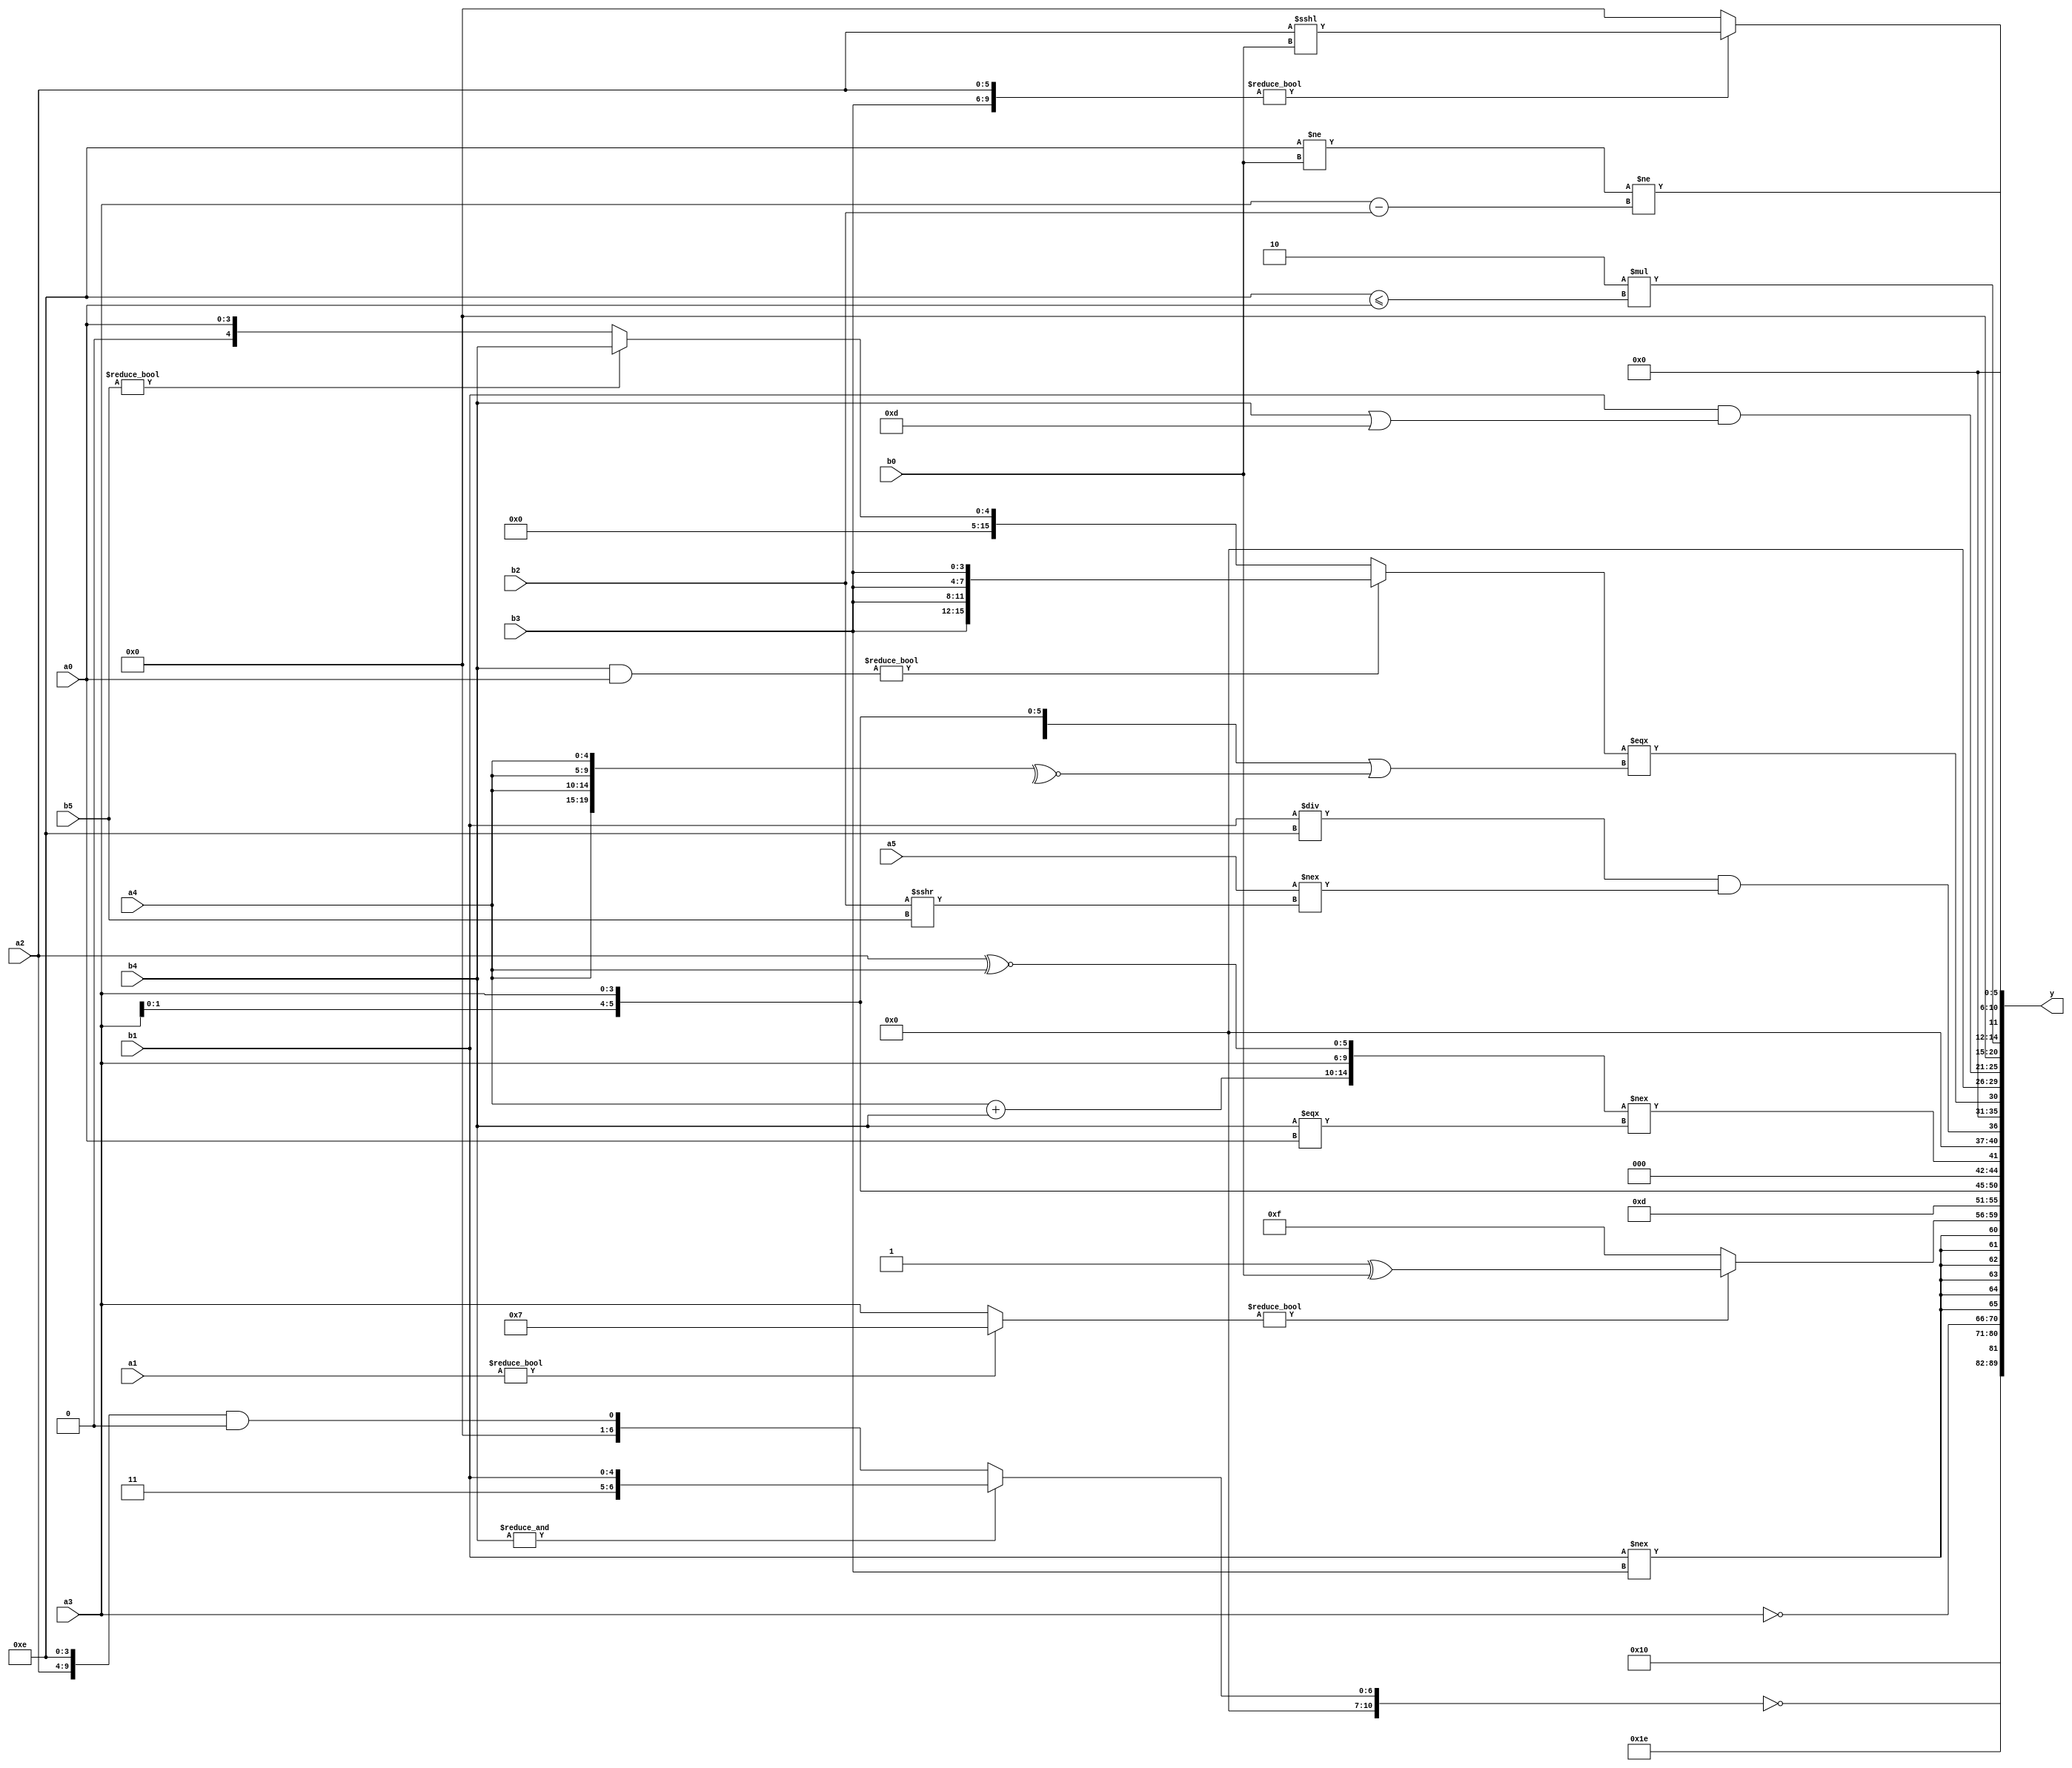
module expression_00331(a0, a1, a2, a3, a4, a5, b0, b1, b2, b3, b4, b5, y);
  input [3:0] a0;
  input [4:0] a1;
  input [5:0] a2;
  input signed [3:0] a3;
  input signed [4:0] a4;
  input signed [5:0] a5;

  input [3:0] b0;
  input [4:0] b1;
  input [5:0] b2;
  input signed [3:0] b3;
  input signed [4:0] b4;
  input signed [5:0] b5;

  wire [3:0] y0;
  wire [4:0] y1;
  wire [5:0] y2;
  wire signed [3:0] y3;
  wire signed [4:0] y4;
  wire signed [5:0] y5;
  wire [3:0] y6;
  wire [4:0] y7;
  wire [5:0] y8;
  wire signed [3:0] y9;
  wire signed [4:0] y10;
  wire signed [5:0] y11;
  wire [3:0] y12;
  wire [4:0] y13;
  wire [5:0] y14;
  wire signed [3:0] y15;
  wire signed [4:0] y16;
  wire signed [5:0] y17;

  output [89:0] y;
  assign y = {y0,y1,y2,y3,y4,y5,y6,y7,y8,y9,y10,y11,y12,y13,y14,y15,y16,y17};

  localparam [3:0] p0 = {(-5'sd12),(-5'sd3)};
  localparam [4:0] p1 = (^(^(-(~|(~^((-(|(^(5'd10))))<(-(~{2{(4'd7)}}))))))));
  localparam [5:0] p2 = ((((4'sd7)>(-4'sd1))!=((3'sd0)<=(-4'sd6)))&&(((3'd5)%(5'd10))!=((-3'sd0)|(-5'sd9))));
  localparam signed [3:0] p3 = ((((2'd1)&&(4'd7))-(5'sd3))<<(!(2'd0)));
  localparam signed [4:0] p4 = (!((~&((-4'sd6)>(5'sd11)))>=((5'sd11)>(2'd0))));
  localparam signed [5:0] p5 = (4'd2);
  localparam [3:0] p6 = ((((4'sd6)==(-5'sd12))>>>((5'd17)<(-3'sd1)))+(((5'd1)<<<(-2'sd1))-((-4'sd0)+(2'sd1))));
  localparam [4:0] p7 = (3'd3);
  localparam [5:0] p8 = ({4{(4'd7)}}?{2{((5'sd13)?(5'sd15):(-5'sd4))}}:{4{(-4'sd6)}});
  localparam signed [3:0] p9 = ({(4'd8),(5'd3),(-2'sd1)}-((3'd1)&&(-4'sd0)));
  localparam signed [4:0] p10 = (-((((-5'sd8)|(3'sd1))&&{(5'sd5)})|{((3'd2)&(3'd4)),{2{(-2'sd1)}}}));
  localparam signed [5:0] p11 = ((2'sd1)-((5'sd15)==(2'sd0)));
  localparam [3:0] p12 = ((((4'd10)!=(-4'sd0))&((5'd6)+(2'd0)))-({2{(-5'sd14)}}>>>((5'sd11)==(3'd5))));
  localparam [4:0] p13 = (((2'd2)&(2'd1))<=(~|(3'd6)));
  localparam [5:0] p14 = (3'sd3);
  localparam signed [3:0] p15 = (((3'd6)<<<(5'd15))?((-3'sd2)^(5'sd9)):(+(5'd1)));
  localparam signed [4:0] p16 = (~^(~|(~(((4'd1)?(-2'sd1):(3'd2))?((3'sd0)>>>(5'd15)):((2'sd0)<<<(3'sd0))))));
  localparam signed [5:0] p17 = ((^(~^(4'd9)))%(-2'sd1));

  assign y0 = (((p10<=p1)-(-(p11+p5)))||((!(p16!=p16))<=(p6||p17)));
  assign y1 = (!((~^(~&(&(+(p5?b4:a4)))))?({p9}?{p14,b1}:(b1?b4:p0)):({a2,p12}&&(|(&p17)))));
  assign y2 = $unsigned((~|(-2'sd0)));
  assign y3 = (~p2);
  assign y4 = (~a3);
  assign y5 = (+$signed((|(b1!==b3))));
  assign y6 = {2{((a1?p6:a3)?(p11^b0):(-(+p16)))}};
  assign y7 = $unsigned(p0);
  assign y8 = ((!{3{p2}})?{3{p15}}:{3{a3}});
  assign y9 = {({(a4+b4),{a3},(a2^~a4)}!==({b4}==={a0}))};
  assign y10 = (((b1)/p12)&&($unsigned(a5)!==(b2>>>b5)));
  assign y11 = ((((b4&a0)?{4{b3}}:(b5?b4:a0)))===({4{a3}}|((+(~^{4{a4}})))));
  assign y12 = (!(((|(^p9))?(p13||p15):{p3,p4,p17})>({(p13?p11:p11),(p13?p10:p14)}<((p14?p10:p0)&{p9}))));
  assign y13 = ({$unsigned(b1)}&(b4||p0));
  assign y14 = (-2'sd0);
  assign y15 = {(^(+(&p5))),(5'd2 * (p12<=a0)),((p12!=b0)!=(a3-b2))};
  assign y16 = (p11>>p14);
  assign y17 = ({b3,a2}?(a2<<<b0):(3'sd0));
endmodule